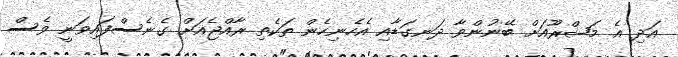
އަދި އެ މަޝްރޫއަށް ބޭނުންވާ ދަނގަޑާއި އެހެނިހެން ތަކެތި ރާއްޖެއަށް ގެނެސްފައިވަނީ ވެސް